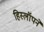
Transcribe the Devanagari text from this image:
हिस्लॉपने